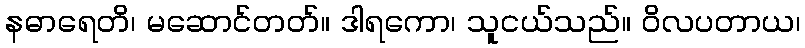
နဓာရေတိ၊ မဆောင်တတ်။ ဒါရကော၊ သူငယ်သည်။ ဝိလပတာယ၊